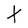
Character: t